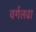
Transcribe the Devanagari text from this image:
वर्गलढा